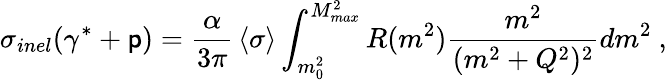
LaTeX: \sigma_{inel}(\gamma^{*}+\mathsf{p})={\frac{{\alpha}}{{3\pi}}}\left<\sigma\right>\int_{m_{0}^{2}}^{M_{max}^{2}}R(m^{2}){\frac{{m^{2}}}{{(m^{2}+Q^{2})^{2}}}}dm^{2}\ ,